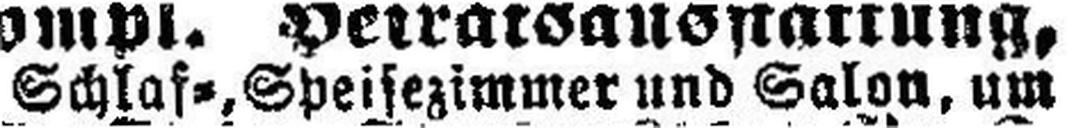
Schlaf=, Speisezimmer und Salon, um